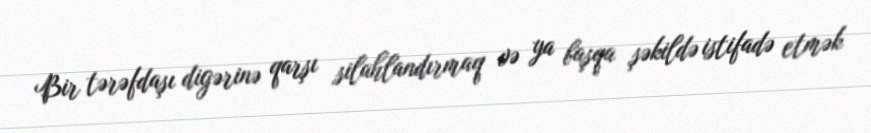
Bir tərəfdaşı digərinə qarşı silahlandırmaq və ya başqa şəkildə istifadə etmək